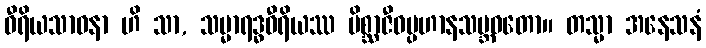
ဝီရိယသာဓနာ ဟိ သာ, သမ္မာရဒ္ဓဝီရိယဿ မိစ္ဆာဇီဝပ္ပဟာနသမ္ဘဝတော။ တသ္မာ အနေသနံ